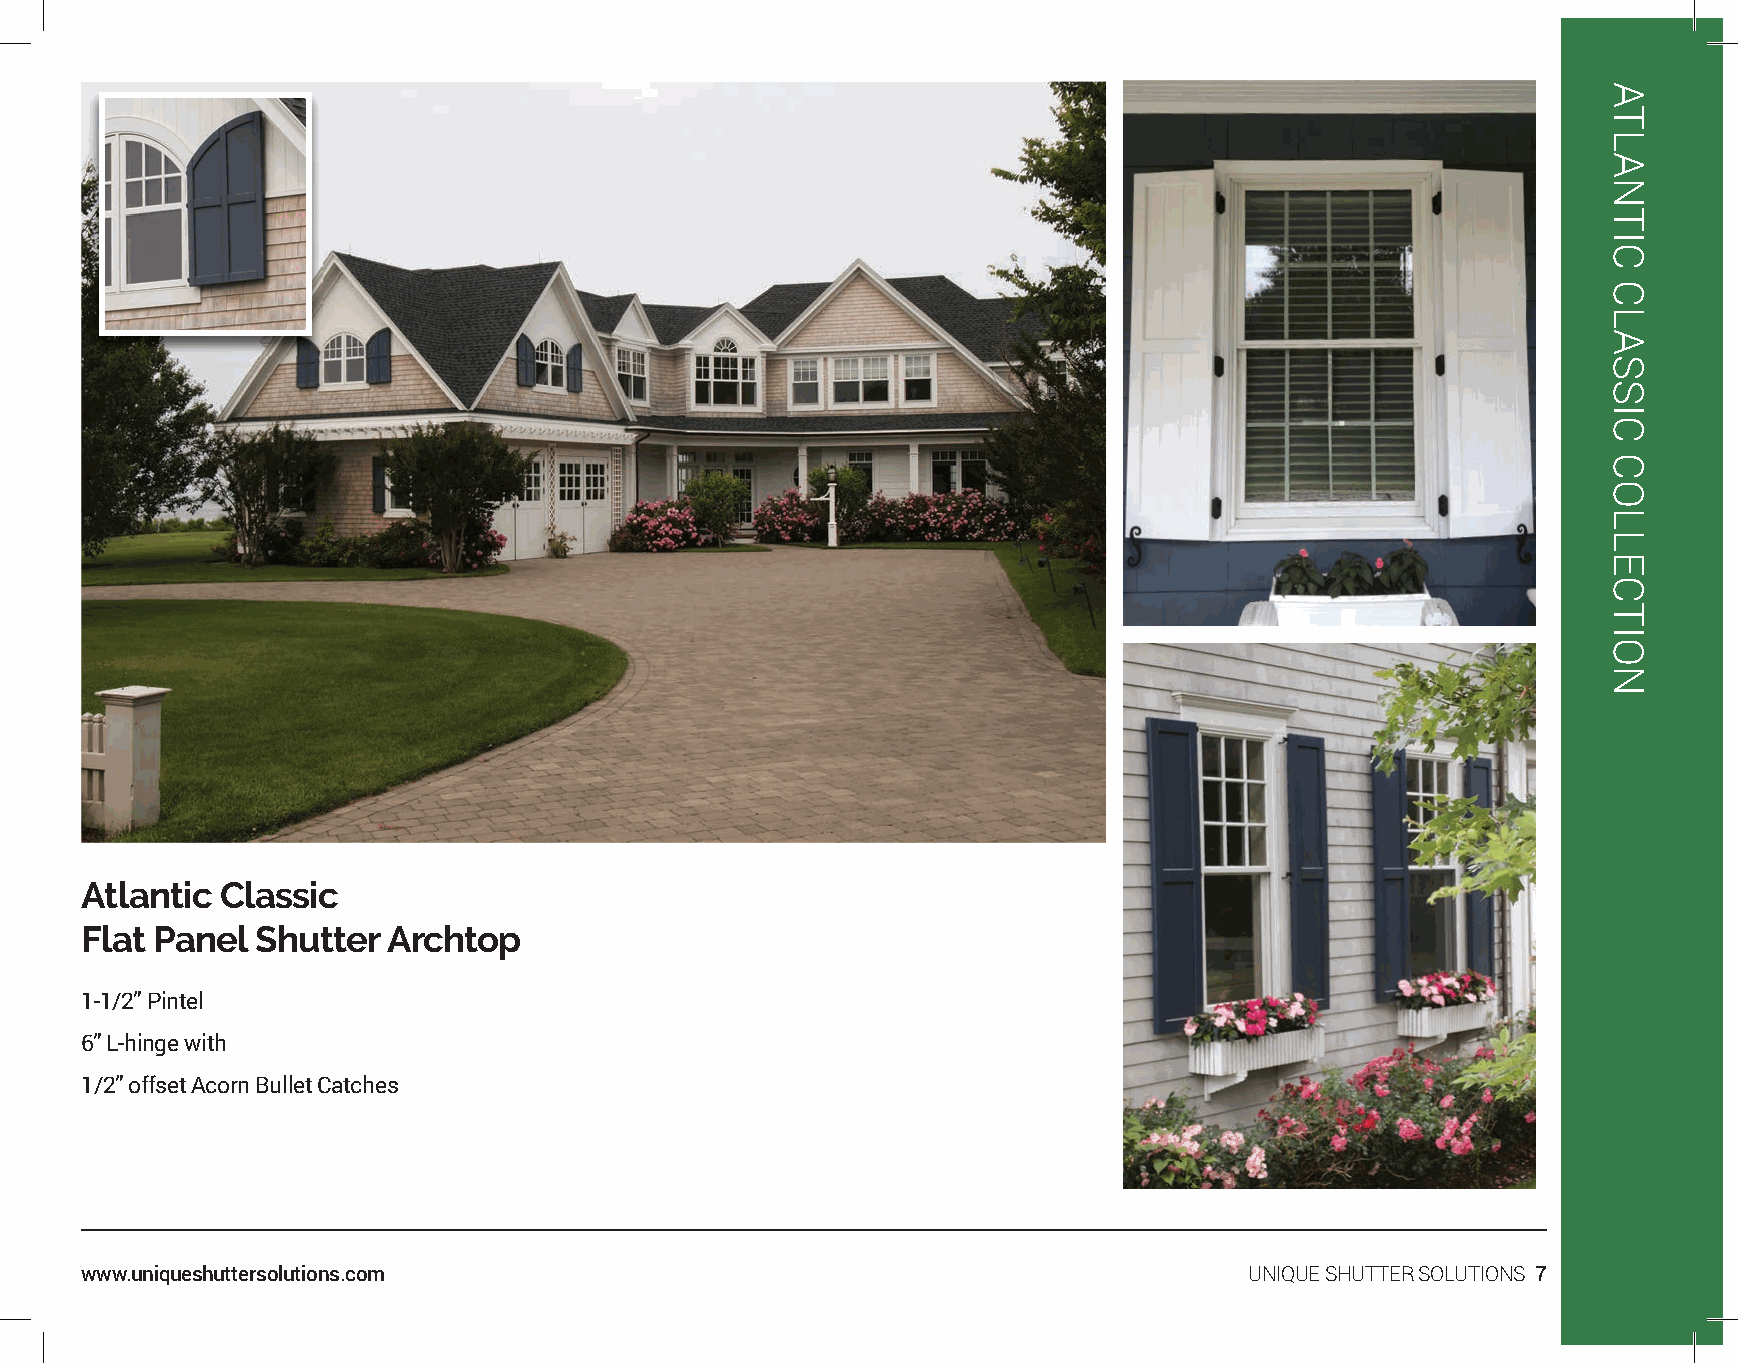
Atlantic  Classic
 Flat Panel  Shutter  Archtop
 1-1/2” Pintel
 6” L-hinge with
 1/2” offset Acorn Bullet Catches
 www.uniqueshuttersolutions.com                                                UNIQUE SHUTTER SOLUTIONS 7
 ATLANTIC
 CLASSIC
 COLLECTION